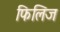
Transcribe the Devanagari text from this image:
फिलिज